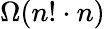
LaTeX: \Omega(n!\cdot n)